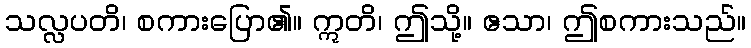
သလ္လပတိ၊ စကားပြော၏။ ဣတိ၊ ဤသို့။ ဧသာ၊ ဤစကားသည်။